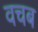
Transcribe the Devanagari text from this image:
वचब